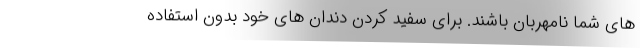
های شما نامهربان باشند. برای سفید کردن دندان های خود بدون استفاده